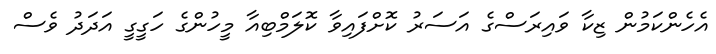
އެހެންކަމުން ޒިކާ ވައިރަސްގެ އަސަރު ކޮށްފައިވާ ކޮލަމްބިއާ މީހުންގެ ހަގީގީ އަދަދު ވެސް